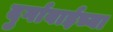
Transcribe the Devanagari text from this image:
दुर्गाबाईच्या